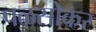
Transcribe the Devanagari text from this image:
पळसोकर